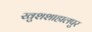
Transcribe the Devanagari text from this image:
खुशशाहालपुर